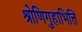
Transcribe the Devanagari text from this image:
श्रोणिगुहाभित्ति